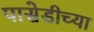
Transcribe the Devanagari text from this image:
पासेडीच्या